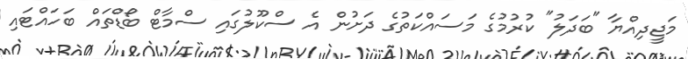
މަޖީދިއްޔާ "ބަދަލު" ކުރުމުގެ މަސައްކަތުގެ ދަށުން އެ ސްކޫލުގައި ސްމާޓް ބޯޑްތައް ބަހައްޓައި